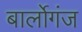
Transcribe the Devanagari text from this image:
बार्लोगंज